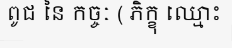
ពូជ នៃ កច្ចៈ ( ភិក្ខុ ឈ្មោះ